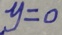
y = 0